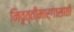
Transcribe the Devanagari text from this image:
निवृत्तीमार्गासाठी